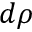
d \rho